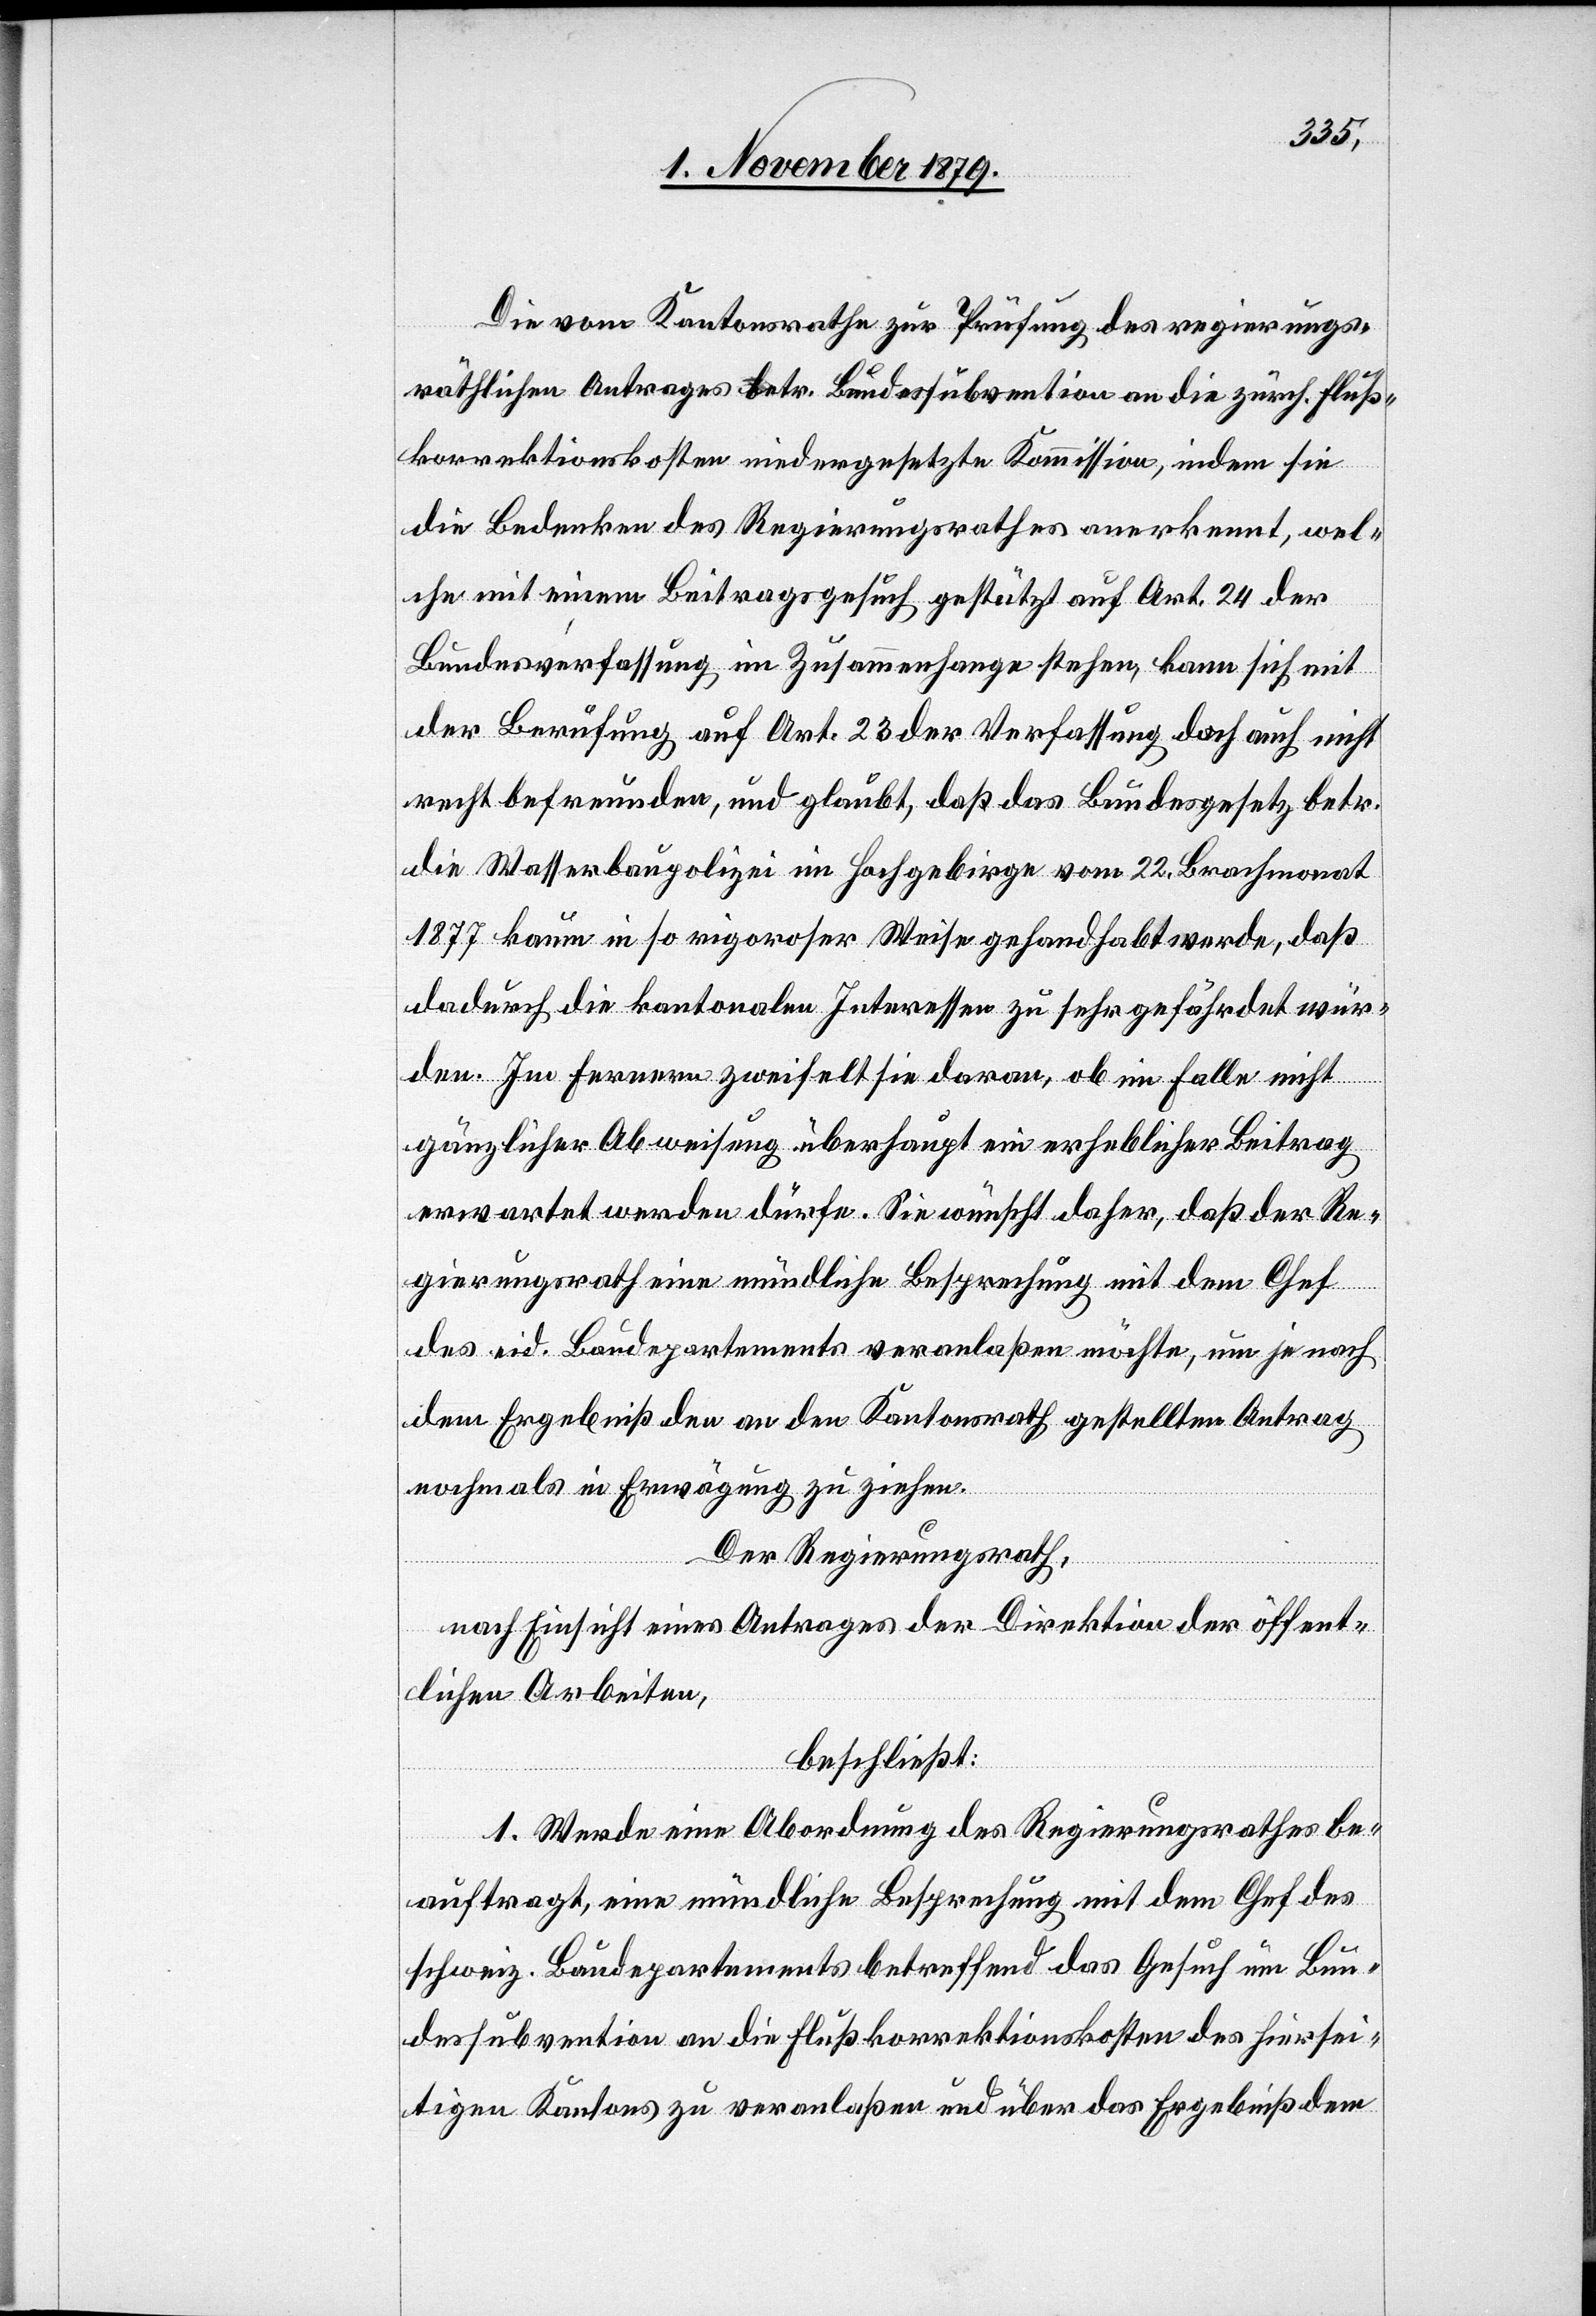
Die vom Kantonsrath zur Prüfung des regierungs¬
räthlichen Antrages betr. Bundessubvention an die zürch. Fluß¬
korrektionskosten niedergesetzte Kommission, indem sie
die Bedenken des Regierungsrathes anerkennt, wel¬
che mit einem Beitragsgesuch gestützt auf Art. 24 der
Bundesverfassung im Zusammenhange stehen, kann sich mit
der Berufung auf Art. 23 der Verfassung doch auch nicht
recht befreunden, und glaubt, daß das Bundesgesetz betr.
die Wasserbaupolizei im Hochgebirge vom 22. Brachmonat
1877 kaum in so rigoroser Weise gehandhabt werde, daß
dadurch die kantonalen Interessen zu sehr gefährdet wür¬
den. Im Fernern zweifelt sie daran, ob im Falle nicht
gänzlicher Abweisung überhaupt ein erheblicher Beitrag
erwartet werden dürfe. Sie wünscht daher, daß der Re¬
gierungsrath eine mündliche Besprechung mit dem Chef
des eid. Baudepartements veranlaßen möchte, um je nach
dem Ergebniß den an den Kantonsrath gestellten Antrag
nochmals in Erwägung zu ziehen.
Der Regierungsrath,
nach Einsicht eines Antrages der Direktion der öffent¬
lichen Arbeiten,
beschließt:
1. Werde eine Abordnung des Regierungsrathes be¬
auftragt, eine mündliche Besprechung mit dem Chef des
schweiz. Baudepartements betreffend das Gesuch um Bun¬
dessubvention an die Flußkorrektionskosten des hiersei¬
tigen Kantons zu veranlaßen und über das Ergebniß dem